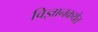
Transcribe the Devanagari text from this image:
विज्ञानकथेत